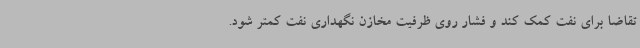
تقاضا برای نفت کمک کند و فشار روی ظرفیت مخازن نگهداری نفت کمتر شود.